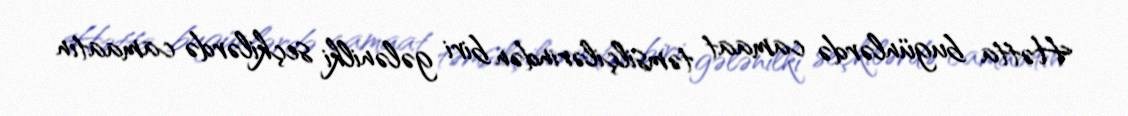
Hətta bugünlərdə camaat təmsilçilərindən biri gələnilki seçkilərdə camaatın